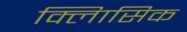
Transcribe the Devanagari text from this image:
क्लािसिक